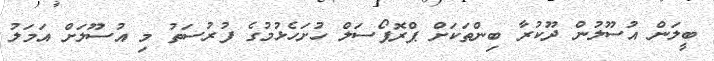
ބީލަން އުސޫލުން ދޫކުރާ ބިންތަކަށް ޕްރޮޕޯސަލް ހުށަހެޅުމުގެ ފުރުސަތު މި އުސޫލަށް އަމަލު